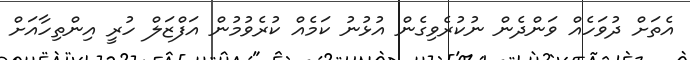
އެތަށް ދުވަހެއް ވަންދެން ނުކުރެވިގެން އުޅުނު ކަމެއް ކުރެވުމުން އަފްޒަލް ހުރީ އިންތިހާއަށް